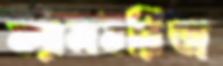
ক্যামবর্রিজ